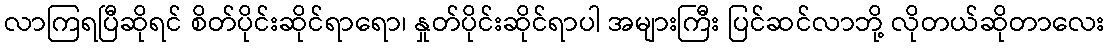
လာကြရပြီဆိုရင် စိတ်ပိုင်းဆိုင်ရာရော၊ နှုတ်ပိုင်းဆိုင်ရာပါ အများကြီး ပြင်ဆင်လာဘို့ လိုတယ်ဆိုတာလေး